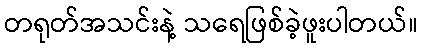
တရုတ်အသင်းနဲ့ သရေဖြစ်ခဲ့ဖူးပါတယ်။